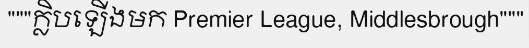
"""ក្លិបឡើងមក Premier League, Middlesbrough"""